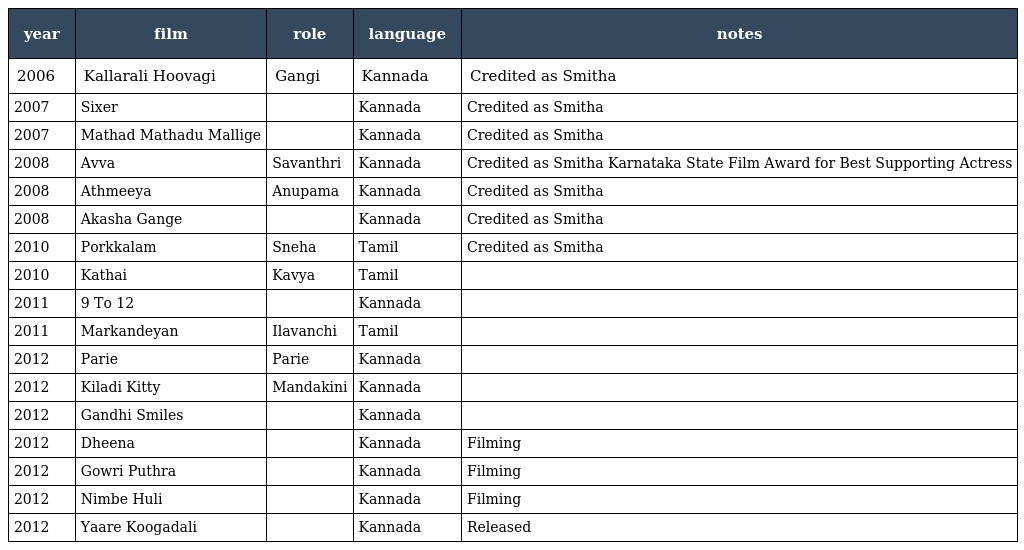
| year | film | role | language | notes |
 | --- | --- | --- | --- | --- |
 | 2006 | Kallarali Hoovagi | Gangi | Kannada | Credited as Smitha |
 | 2007 | Sixer |  | Kannada | Credited as Smitha |
 | 2007 | Mathad Mathadu Mallige |  | Kannada | Credited as Smitha |
 | 2008 | Avva | Savanthri | Kannada | Credited as Smitha Karnataka State Film Award for Best Supporting Actress |
 | 2008 | Athmeeya | Anupama | Kannada | Credited as Smitha |
 | 2008 | Akasha Gange |  | Kannada | Credited as Smitha |
 | 2010 | Porkkalam | Sneha | Tamil | Credited as Smitha |
 | 2010 | Kathai | Kavya | Tamil |  |
 | 2011 | 9 To 12 |  | Kannada |  |
 | 2011 | Markandeyan | Ilavanchi | Tamil |  |
 | 2012 | Parie | Parie | Kannada |  |
 | 2012 | Kiladi Kitty | Mandakini | Kannada |  |
 | 2012 | Gandhi Smiles |  | Kannada |  |
 | 2012 | Dheena |  | Kannada | Filming |
 | 2012 | Gowri Puthra |  | Kannada | Filming |
 | 2012 | Nimbe Huli |  | Kannada | Filming |
 | 2012 | Yaare Koogadali |  | Kannada | Released |